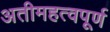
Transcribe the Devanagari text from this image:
अतीमहत्वपूर्ण